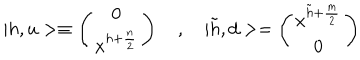
LaTeX: | h , u > \equiv \left( \begin{array} { c } { { 0 } } \\ { { x ^ { h + { \frac { n } { 2 } } } } } \\ \end{array} \right) \quad , \quad | \tilde { h } , d > = \left( \begin{array} { c } { { x ^ { \tilde { h } + { \frac { m } { 2 } } } } } \\ { { 0 } } \\ \end{array} \right)